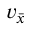
\ v _ { \bar { x } }